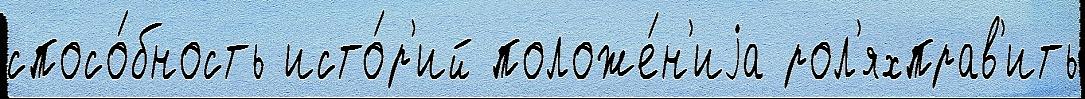
спосо́бность исто́р'ий положе́н'иjа рол'яхправ'ить